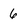
Character: 6